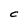
Character: C